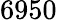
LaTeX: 6950